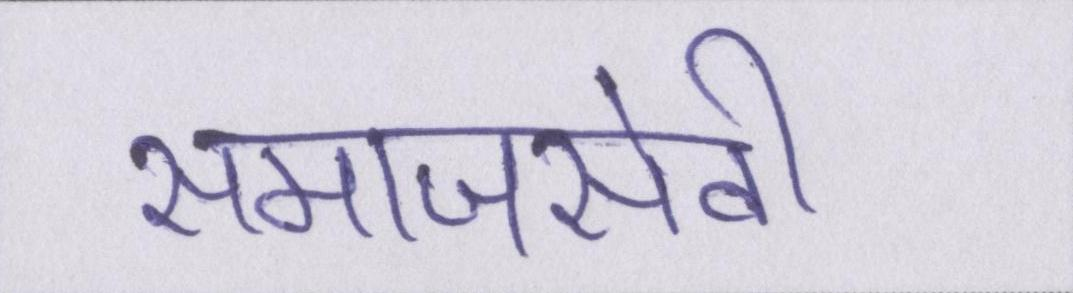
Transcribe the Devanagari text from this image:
समाजसेवी